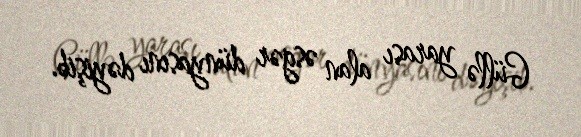
Güllə yarası alan əsgər dünyasını dəyişib.